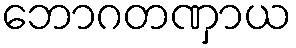
ဘောဂတဏှာယ